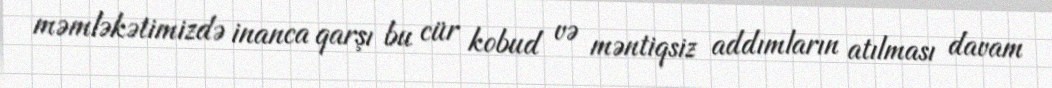
məmləkətimizdə inanca qarşı bu cür kobud və məntiqsiz addımların atılması davam